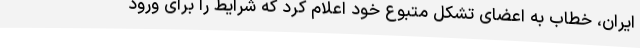
ایران، خطاب به اعضای تشکل متبوع خود اعلام کرد که شرایط را برای ورود